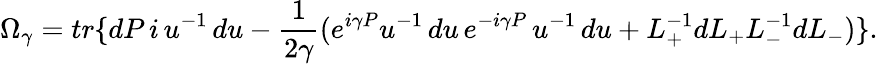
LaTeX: \Omega_{\gamma}=tr\{ dP\, i\, u^{-1}\, du-\frac{1}{2\gamma}(e^{i\gamma P}u^{-1}\, du\, e^{-i\gamma P}\, u^{-1}\, du+L_{+}^{-1}dL_{+}L_{-}^{-1}dL_{-})\} .